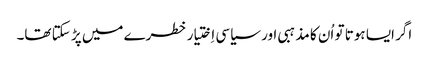
‏ اگر ایسا ہوتا تو اُن کا مذہبی اور سیاسی اِختیار خطرے میں پڑ سکتا تھا۔